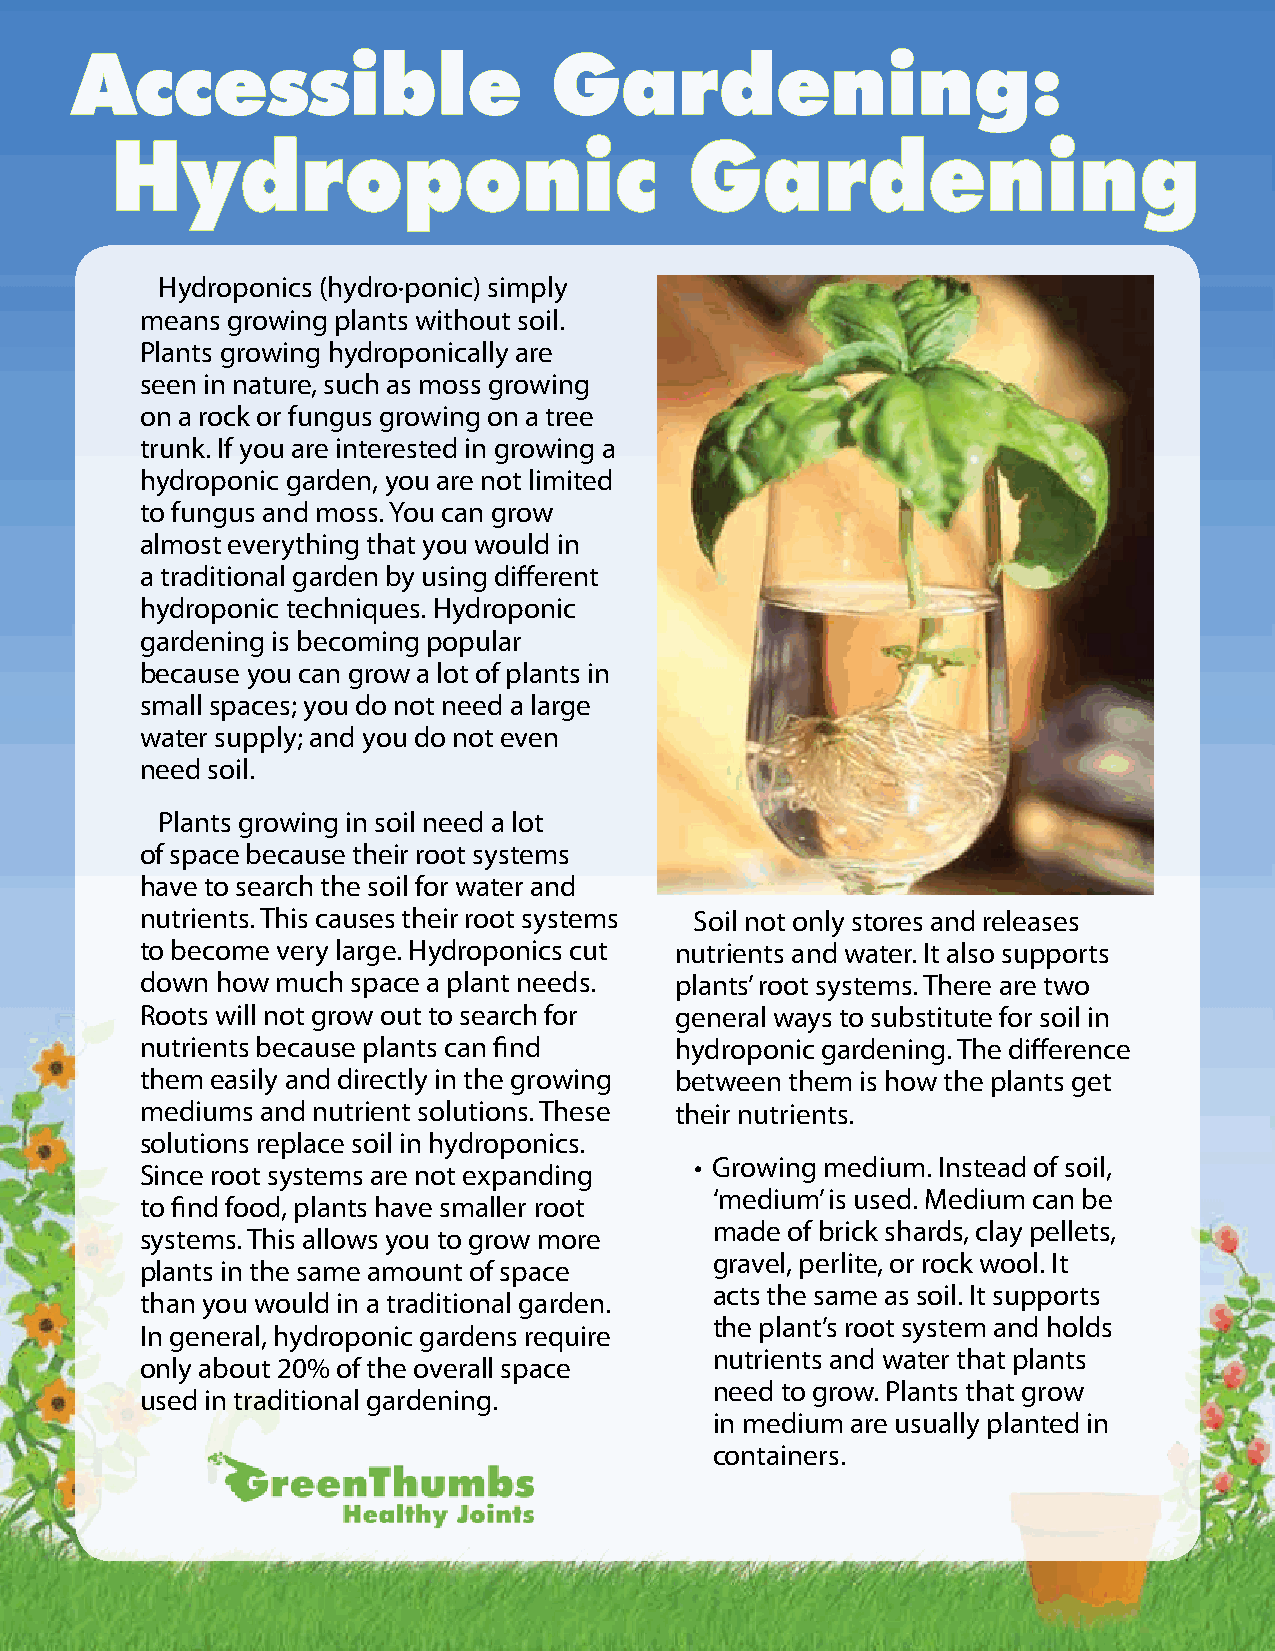
Accessible                     Gardening:
 Hydroponic                             Gardening
 Hydroponics (hydro·ponic) simply
 means growing plants without soil.
 Plants growing hydroponically are
 seen in nature, such as moss growing
 on a rock or fungus growing on a tree
 trunk. If you are interested in growing a
 hydroponic garden, you are not limited
 to fungus and moss. You can grow
 almost everything that you would in
 a traditional garden by using different
 hydroponic techniques. Hydroponic
 gardening is becoming popular
 because you can grow a lot of plants in
 small spaces; you do not need a large
 water supply; and you do not even
 need soil.
 Plants growing in soil need a lot
 of space because their root systems
 have to search the soil for water and
 nutrients. This causes their root systems Soil not only stores and releases
 to become very large. Hydroponics cut nutrients and water. It also supports
 down how much space a plant needs.  plants’ root systems. There are two
 Roots will not grow out to search for general ways to substitute for soil in
 nutrients because plants can find   hydroponic gardening. The difference
 them easily and directly in the growing between them is how the plants get
 mediums and nutrient solutions. These their nutrients.
 solutions replace soil in hydroponics.
 • Growing medium. Instead of soil,
 Since root systems are not expanding
 ‘medium’ is used. Medium can be
 to find food, plants have smaller root
 made of brick shards, clay pellets,
 systems. This allows you to grow more
 gravel, perlite, or rock wool. It
 plants in the same amount of space
 acts the same as soil. It supports
 than you would in a traditional garden.
 the plant’s root system and holds
 In general, hydroponic gardens require
 nutrients and water that plants
 only about 20% of the overall space
 need to grow. Plants that grow
 used in traditional gardening.
 in medium are usually planted in
 containers.